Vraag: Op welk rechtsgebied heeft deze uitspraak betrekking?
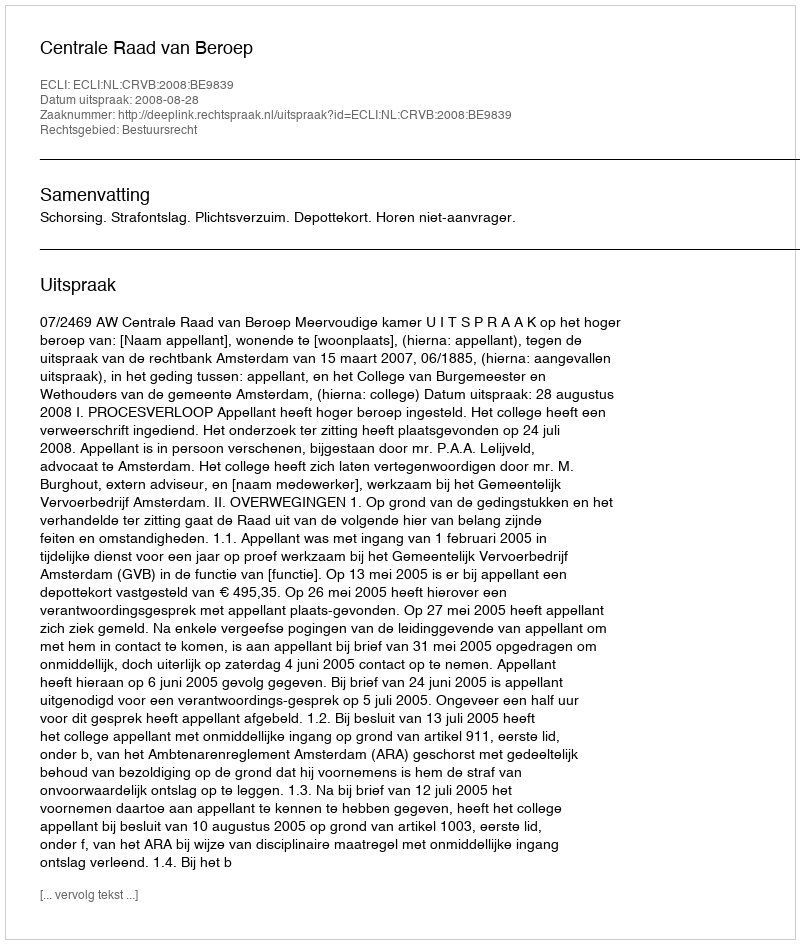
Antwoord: Bestuursrecht